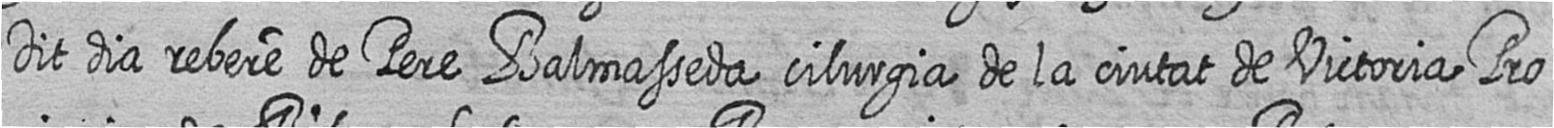
Dit dia rebere de Pere Balmasseda cilurgia de la ciutat de Victoria Pro